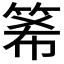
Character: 𥭘